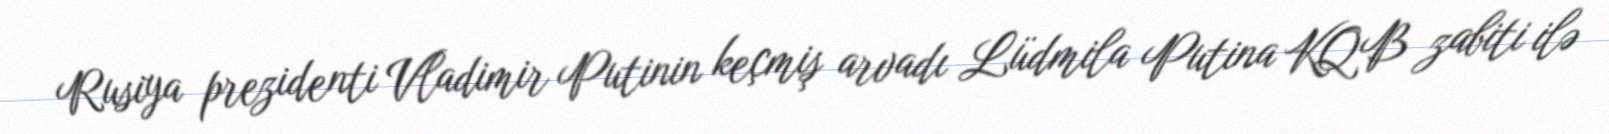
Rusiya prezidenti Vladimir Putinin keçmiş arvadı Lüdmila Putina KQB zabiti ilə